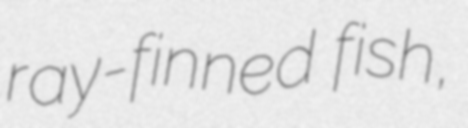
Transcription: ray-finned fish,